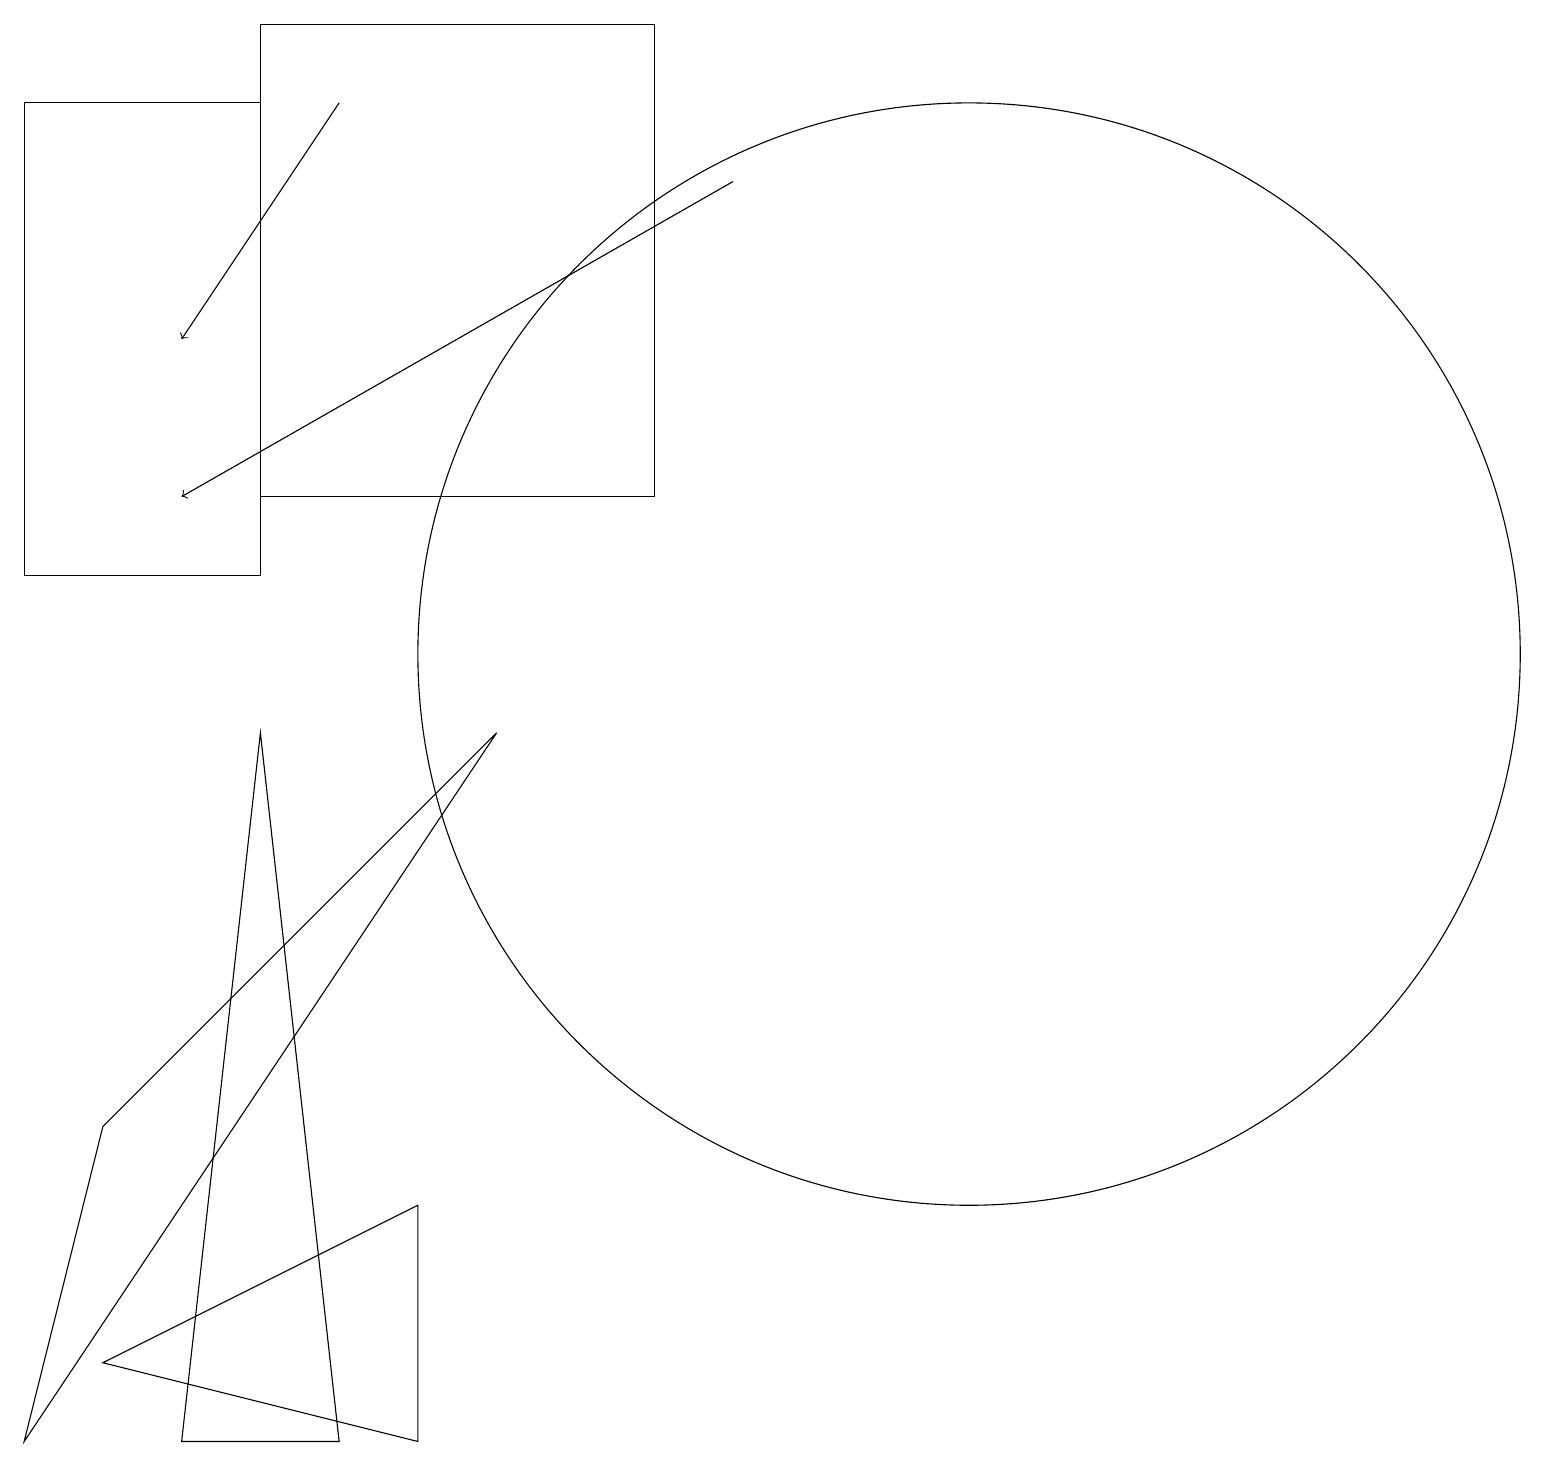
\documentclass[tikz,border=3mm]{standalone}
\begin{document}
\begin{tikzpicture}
\draw[->] (4,17) -- (2,14);
\draw (1,4) -- (6,9) -- (0,0) -- cycle;
\draw (3,17) rectangle (0,11);
\draw (4,0) -- (3,9) -- (2,0) -- cycle;
\draw (12,10) circle (7);
\draw (8,18) rectangle (3,12);
\draw (1,1) -- (5,3) -- (5,0) -- cycle;
\draw[->] (9,16) -- (2,12);
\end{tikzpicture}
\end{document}